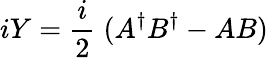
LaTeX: iY=\frac{i}{2}\; (A^{\dagger}B^{\dagger}-AB)